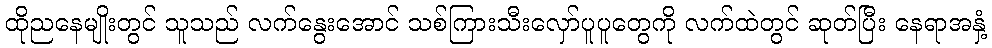
ထိုညနေမျိုးတွင် သူသည် လက်နွေးအောင် သစ်ကြားသီးလှော်ပူပူတွေကို လက်ထဲတွင် ဆုတ်ပြီး နေရာအနှံ့